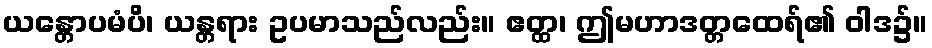
ယန္တောပမံပိ၊ ယန္တရား ဥပမာသည်လည်း။ ဧတ္ထ၊ ဤမဟာဒတ္တထေရ်၏ ဝါဒ၌။